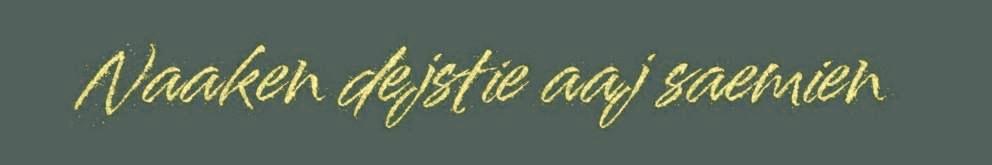
Naaken dejstie aaj saemien